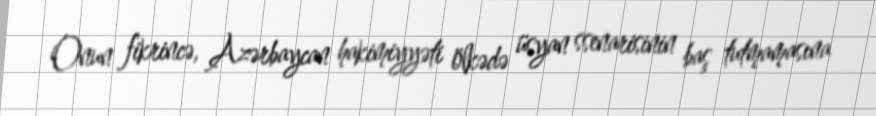
Onun fikrincə, Azərbaycan hakimiyyəti ölkədə üsyan ssenarisinin baş tutmamasına